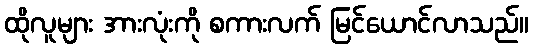
ထိုလူများ အားလုံးကို စကားလက် မြင်ယောင်လာသည်။